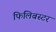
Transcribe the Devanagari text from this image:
फिलिबस्टर